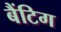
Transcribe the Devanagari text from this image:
बैंटिग